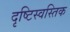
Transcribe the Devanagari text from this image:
दृष्टिस्वस्तिक